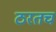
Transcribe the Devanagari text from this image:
ठरतच